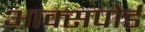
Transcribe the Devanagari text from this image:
आक्सपोर्ड